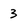
Character: 3